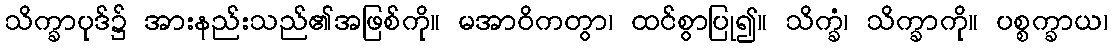
သိက္ခာပုဒ်၌ အားနည်းသည်၏အဖြစ်ကို။ မအာဝိကတွာ၊ ထင်စွာပြု၍။ သိက္ခံ၊ သိက္ခာကို။ ပစ္စက္ခာယ၊